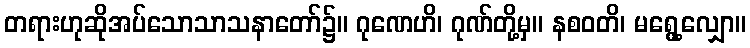
တရားဟုဆိုအပ်သောသာသနာတော်၌။ ဂုဏေဟိ၊ ဂုဏ်တို့မှ။ နစဝတိ၊ မရွေ့လျှော။